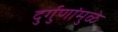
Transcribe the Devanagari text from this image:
दुर्गुणांमुळे